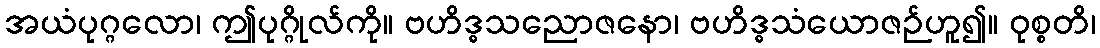
အယံပုဂ္ဂလော၊ ဤပုဂ္ဂိုလ်ကို။ ဗဟိဒ္ဓသညောဇနော၊ ဗဟိဒ္ဓသံယောဇဉ်ဟူ၍။ ဝုစ္စတိ၊